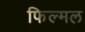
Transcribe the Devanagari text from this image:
फिल्मल